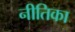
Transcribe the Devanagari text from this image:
नीतिका